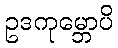
ဥဒကုမ္ဘောပိ